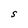
Character: S